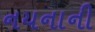
નયનાની